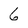
Character: 6